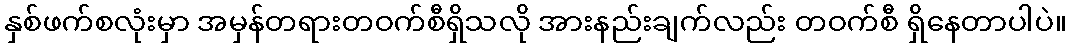
နှစ်ဖက်စလုံးမှာ အမှန်တရားတဝက်စီရှိသလို အားနည်းချက်လည်း တဝက်စီ ရှိနေတာပါပဲ။